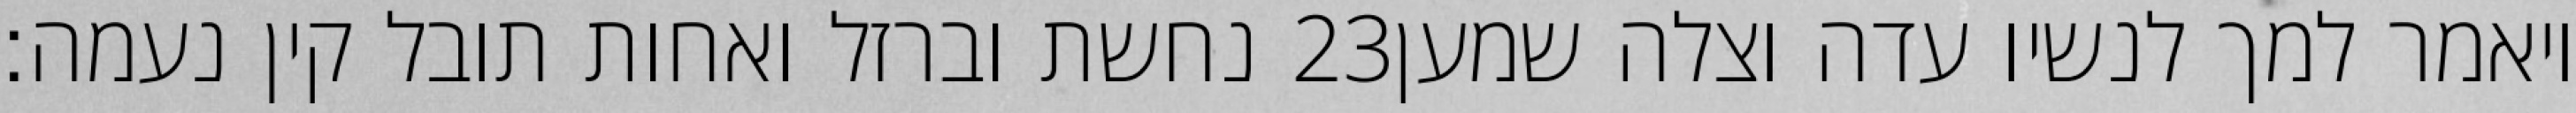
נחשת וברזל ואחות תובל קין נעמה׃ ‎23‏ ויאמר למך לנשיו עדה וצלה שמען